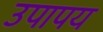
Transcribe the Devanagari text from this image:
उपापय